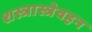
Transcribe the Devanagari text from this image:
शस्त्रास्त्रेवहन